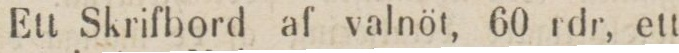
Ett Skrifbord af valnöt, 60 rdr, ett